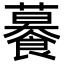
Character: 𧃊